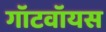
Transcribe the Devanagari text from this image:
गॉटवॉयस